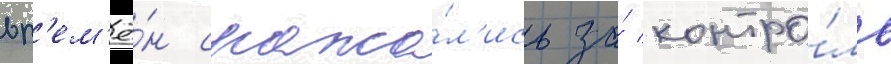
вр'ем'ё́н сража́л'ись за́ контро́ль